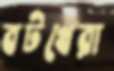
বটখেরা